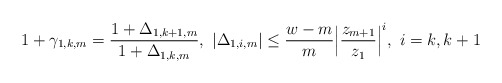
\begin{align*}1+\gamma_{1,k,m}=\frac{1+\Delta_{1,k+1,m}}{1+\Delta_{1,k,m}},~|\Delta_{1,i,m}| \le\frac{w-m}{m}\Big|\frac{z_{m+1}}{z_{1}}\Big|^i,~i=k,k+1 \end{align*}